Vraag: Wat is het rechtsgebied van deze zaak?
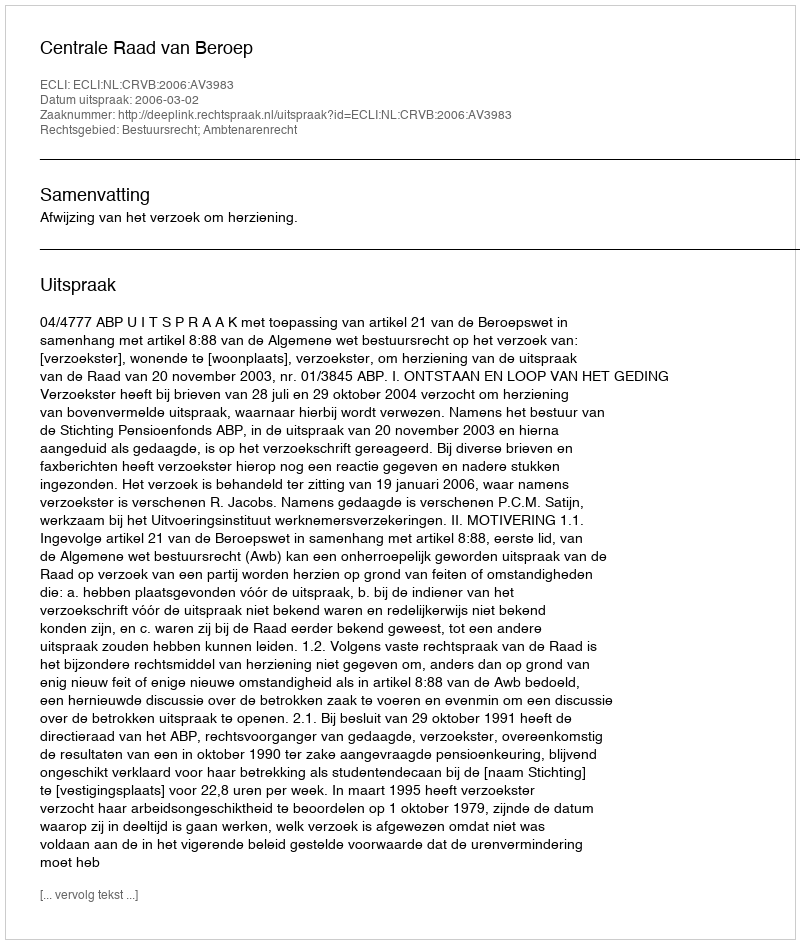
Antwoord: Bestuursrecht; Ambtenarenrecht